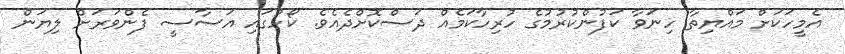
އެމީހަކަށް މައްޔިތާ ހިނަވާ ކަފުންކުރުމުގެ ހުރިހާކަމެއް ދަސްކޮށްދެއެވެ. ކޯހުގައި އަސާސީ ފެންވަރަށް ލިޔަން